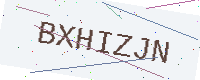
Text: BXHIZJN